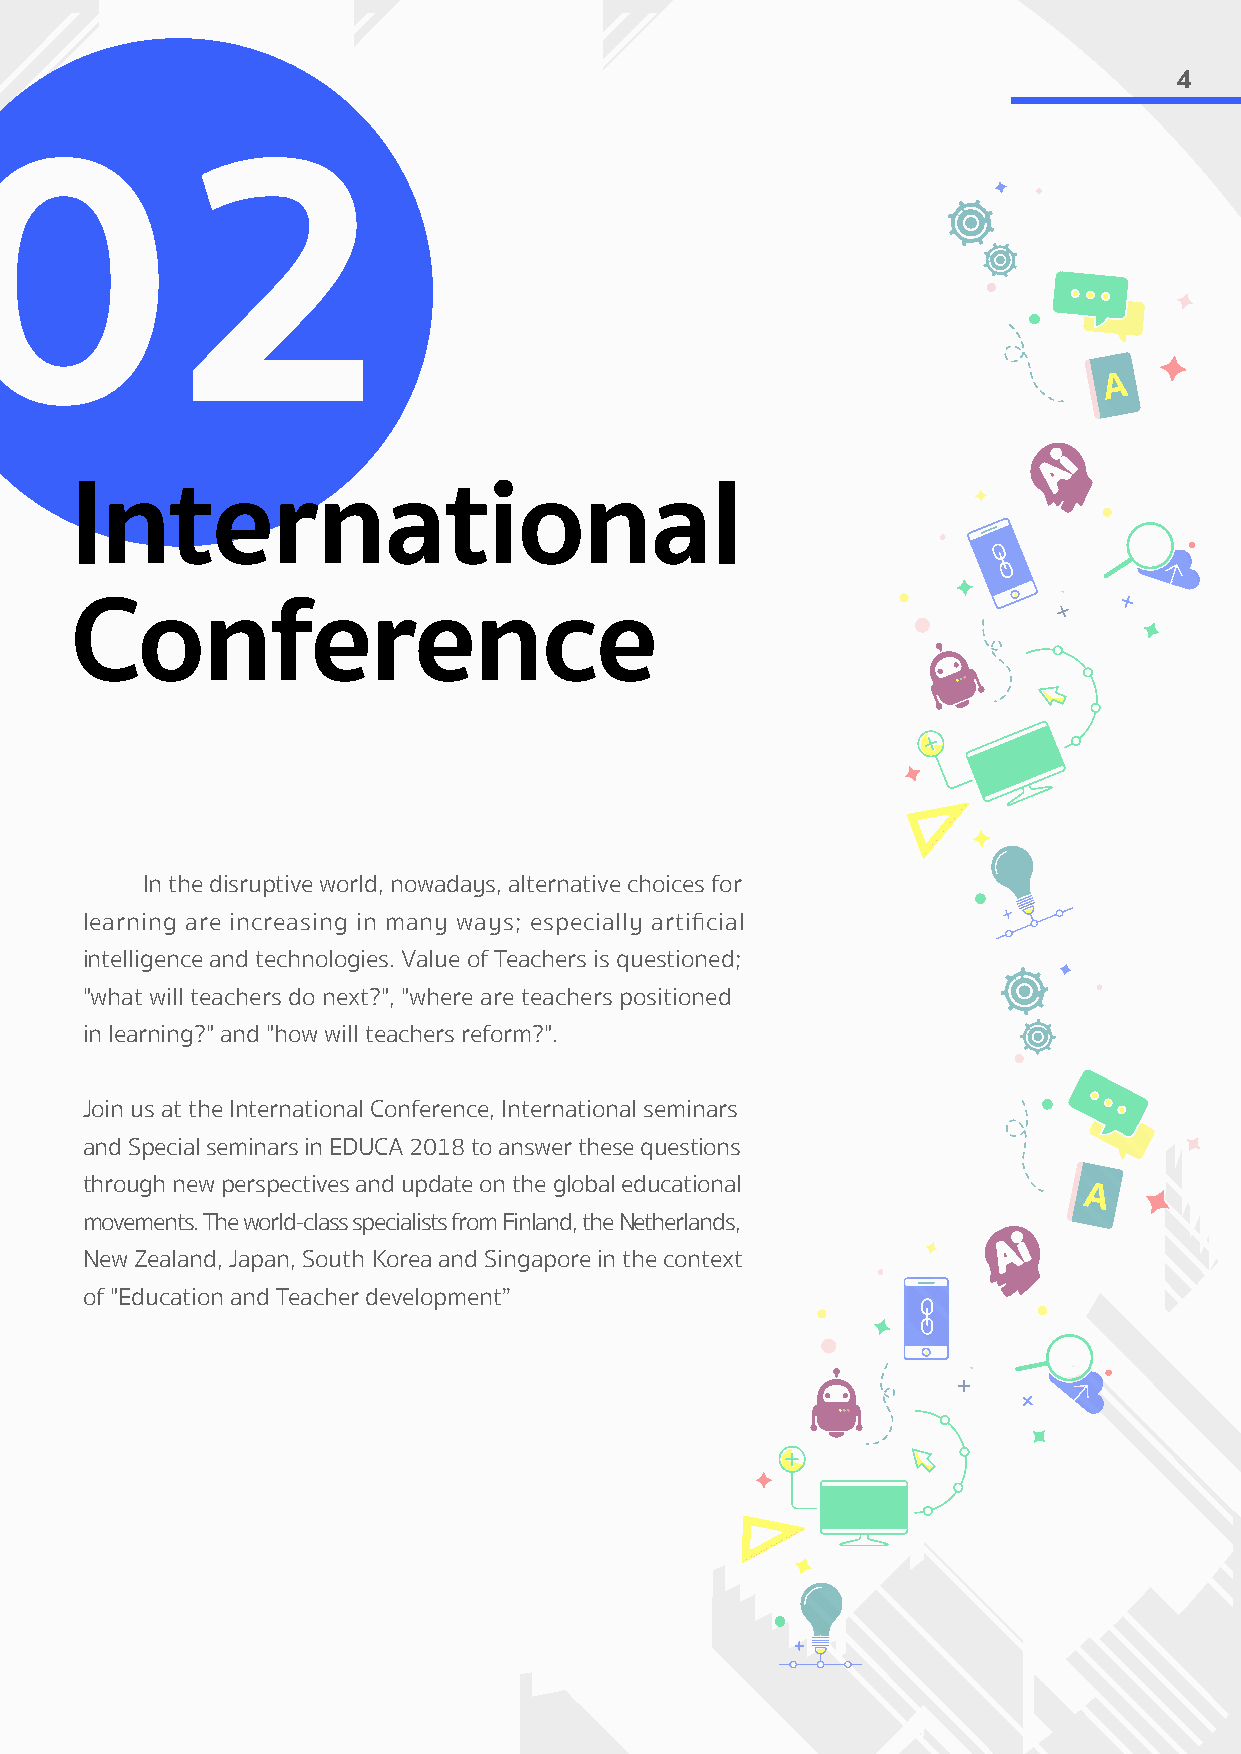
4
 02
 International
 Conference
 In the disruptive world, nowadays, alternative choices for
 learning are increasing in many ways; especially artificial
 intelligence and technologies. Value of Teachers is questioned;
 "what will teachers do next?", "where are teachers positioned
 in learning?" and "how will teachers reform?".
 Join us at the International Conference, International seminars
 and Special seminars in EDUCA 2018 to answer these questions
 through new perspectives and update on the global educational
 movements. The world-class specialists from Finland, the Netherlands,
 New Zealand, Japan, South Korea and Singapore in the context
 of "Education and Teacher development”